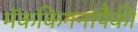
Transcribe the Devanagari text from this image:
मॅककिननांपैकी